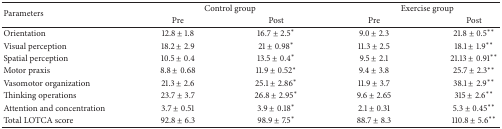
<table><thead><tr><td rowspan="2"><b>Parameters</b></td><td colspan="2"><b>Control group</b></td><td colspan="2"><b>Exercise group</b></td></tr><tr><td><b>Pre</b></td><td><b>Post</b></td><td><b>Pre</b></td><td><b>Post</b></td></tr></thead><tbody><tr><td>Orientation</td><td>12.8 ± 1.8</td><td>16.7 ± 2.5<sup><i>∗</i></sup></td><td>9.0 ± 2.3</td><td>21.8 ± 0.5<sup><i>∗∗</i></sup></td></tr><tr><td>Visual perception</td><td>18.2 ± 2.9</td><td>21 ± 0.98<sup><i>∗</i></sup></td><td>11.3 ± 2.5</td><td>18.1 ± 1.9<sup><i>∗∗</i></sup></td></tr><tr><td>Spatial perception</td><td>10.5 ± 0.4</td><td>13.5 ± 0.4<sup><i>∗</i></sup></td><td>9.5 ± 2.1</td><td>21.13 ± 0.91<sup><i>∗∗</i></sup></td></tr><tr><td>Motor praxis</td><td>8.8 ± 0.68</td><td>11.9 ± 0.52<sup><i>∗</i></sup></td><td>9.4 ± 3.8</td><td>25.7 ± 2.3<sup><i>∗∗</i></sup></td></tr><tr><td>Vasomotor organization</td><td>21.3 ± 2.6</td><td>25.1 ± 2.86<sup><i>∗</i></sup></td><td>11.9 ± 3.7</td><td>38.1 ± 2.9<sup><i>∗∗</i></sup></td></tr><tr><td>Thinking operations</td><td>23.7 ± 3.7</td><td>26.8 ± 2.95<sup><i>∗</i></sup></td><td>9.6 ± 2.65</td><td>315 ± 2.6<sup><i>∗∗</i></sup></td></tr><tr><td>Attention and concentration</td><td>3.7 ± 0.51</td><td>3.9 ± 0.18<sup><i>∗</i></sup></td><td>2.1 ± 0.31</td><td>5.3 ± 0.45<sup><i>∗∗</i></sup></td></tr><tr><td>Total LOTCA score</td><td>92.8 ± 6.3</td><td>98.9 ± 7.5<sup><i>∗</i></sup></td><td>88.7 ± 8.3</td><td>110.8 ± 5.6<sup><i>∗∗</i></sup></td></tr></tbody></table>